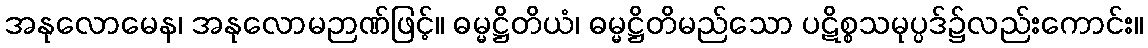
အနုလောမေန၊ အနုလောမဉာဏ်ဖြင့်။ ဓမ္မဋ္ဌိတိယံ၊ ဓမ္မဋ္ဌိတိမည်သော ပဋိစ္စသမုပ္ပဒ်၌လည်းကောင်း။